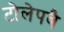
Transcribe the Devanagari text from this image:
टोलेपबै